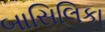
બાસિલિકા